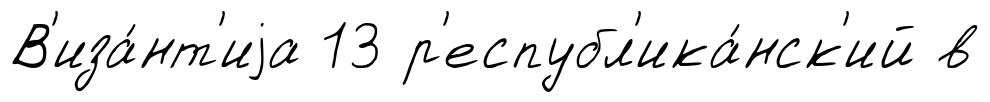
В'иза́нт'иjа 13 р'еспубл'ика́нск'ий в